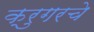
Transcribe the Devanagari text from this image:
क्रुगरचे